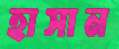
হাসান